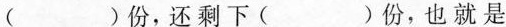
()份，还剩下( )份，也就是